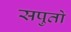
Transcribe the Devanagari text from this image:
सपुतो